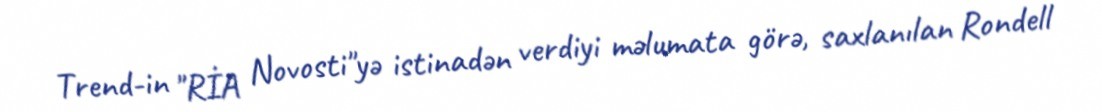
Trend-in "RİA Novosti"yə istinadən verdiyi məlumata görə, saxlanılan Rondell